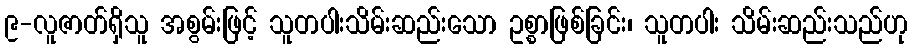
၉-လူဇာတ်ရှိသူ အစွမ်းဖြင့် သူတပါးသိမ်းဆည်းသော ဥစ္စာဖြစ်ခြင်း၊ သူတပါး သိမ်းဆည်းသည်ဟု